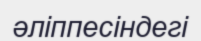
әліппесіндегі